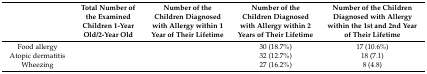
<table><thead><tr><td>[EMPTY_CELL]</td><td><b>Total Number of the Examined Children 1-Year Old/2-Year Old</b></td><td><b>Number of the Children Diagnosed with Allergy within 1 Year of Their Lifetime</b></td><td><b>Number of the Children Diagnosed with Allergy within 2 Years of Their Lifetime</b></td><td><b>Number of the Children Diagnosed with Allergy within the 1st and 2nd Year of Their Lifetime</b></td></tr></thead><tbody><tr><td>Food allergy</td><td>[EMPTY_CELL]</td><td>[EMPTY_CELL]</td><td>30 (18.7%)</td><td>17 (10.6%)</td></tr><tr><td>Atopic dermatitis</td><td>[EMPTY_CELL]</td><td>[EMPTY_CELL]</td><td>32 (12.7%)</td><td>18 (7.1)</td></tr><tr><td>Wheezing</td><td>[EMPTY_CELL]</td><td>[EMPTY_CELL]</td><td>27 (16.2%)</td><td>8 (4.8)</td></tr></tbody></table>